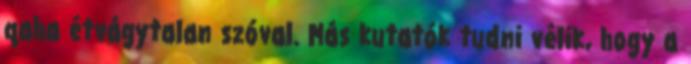
qaha étvágytalan szóval. Más kutatók tudni vélik, hogy a